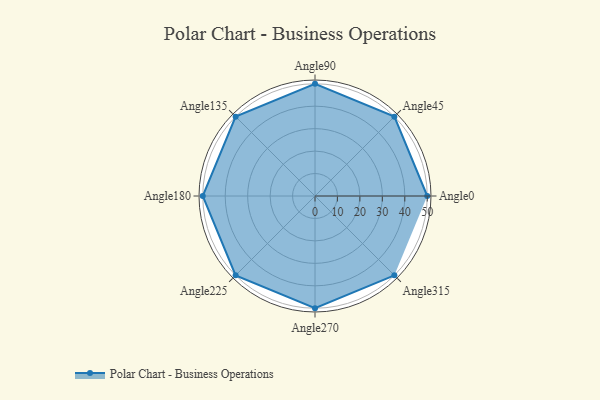
{"axis": {"x": "Angle", "y": "Radius"}, "legend": [""], "data": [{"x": "Angle0", "y": 50, "type": ""}, {"x": "Angle45", "y": 50, "type": ""}, {"x": "Angle90", "y": 50, "type": ""}, {"x": "Angle135", "y": 50, "type": ""}, {"x": "Angle180", "y": 50, "type": ""}, {"x": "Angle225", "y": 50, "type": ""}, {"x": "Angle270", "y": 50, "type": ""}, {"x": "Angle315", "y": 50, "type": ""}]}